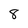
Character: 8